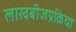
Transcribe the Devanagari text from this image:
लाखबीजप्रक्रिया